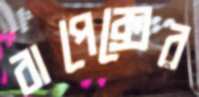
বাপেক্সের